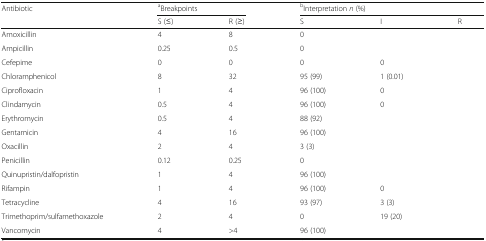
<table><thead><tr><td rowspan="2"><b>Antibiotic</b></td><td colspan="2"><b><sup>a</sup>Breakpoints</b></td><td colspan="3"><b><sup>b</sup>Interpretation <i>n</i> (%)</b></td></tr><tr><td><b>S (≤)</b></td><td><b>R (≥)</b></td><td><b>S</b></td><td><b>I</b></td><td><b>R</b></td></tr></thead><tbody><tr><td>Amoxicillin</td><td>4</td><td>8</td><td>0</td><td>[EMPTY_CELL]</td><td>[EMPTY_CELL]</td></tr><tr><td>Ampicillin</td><td>0.25</td><td>0.5</td><td>0</td><td>[EMPTY_CELL]</td><td>[EMPTY_CELL]</td></tr><tr><td>Cefepime</td><td>0</td><td>0</td><td>0</td><td>0</td><td>[EMPTY_CELL]</td></tr><tr><td>Chloramphenicol</td><td>8</td><td>32</td><td>95 (99)</td><td>1 (0.01)</td><td>[EMPTY_CELL]</td></tr><tr><td>Ciprofloxacin</td><td>1</td><td>4</td><td>96 (100)</td><td>0</td><td>[EMPTY_CELL]</td></tr><tr><td>Clindamycin</td><td>0.5</td><td>4</td><td>96 (100)</td><td>0</td><td>[EMPTY_CELL]</td></tr><tr><td>Erythromycin</td><td>0.5</td><td>4</td><td>88 (92)</td><td>[EMPTY_CELL]</td><td>[EMPTY_CELL]</td></tr><tr><td>Gentamicin</td><td>4</td><td>16</td><td>96 (100)</td><td>[EMPTY_CELL]</td><td>[EMPTY_CELL]</td></tr><tr><td>Oxacillin</td><td>2</td><td>4</td><td>3 (3)</td><td>[EMPTY_CELL]</td><td>[EMPTY_CELL]</td></tr><tr><td>Penicillin</td><td>0.12</td><td>0.25</td><td>0</td><td>[EMPTY_CELL]</td><td>[EMPTY_CELL]</td></tr><tr><td>Quinupristin/dalfopristin</td><td>1</td><td>4</td><td>96 (100)</td><td>[EMPTY_CELL]</td><td>[EMPTY_CELL]</td></tr><tr><td>Rifampin</td><td>1</td><td>4</td><td>96 (100)</td><td>0</td><td>[EMPTY_CELL]</td></tr><tr><td>Tetracycline</td><td>4</td><td>16</td><td>93 (97)</td><td>3 (3)</td><td>[EMPTY_CELL]</td></tr><tr><td>Trimethoprim/sulfamethoxazole</td><td>2</td><td>4</td><td>0</td><td>19 (20)</td><td>[EMPTY_CELL]</td></tr><tr><td>Vancomycin</td><td>4</td><td>&gt;4</td><td>96 (100)</td><td>[EMPTY_CELL]</td><td>[EMPTY_CELL]</td></tr></tbody></table>